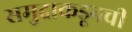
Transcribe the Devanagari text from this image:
समुद्राकडूनची